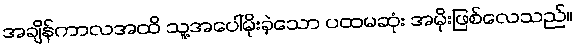
အချိန်ကာလအထိ သူ့အပေါ်မိုးခဲ့သော ပထမဆုံး အမိုးဖြစ်လေသည်။